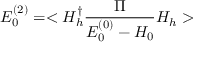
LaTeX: E _ { 0 } ^ { ( 2 ) } = < H _ { h } ^ { \dagger } \frac { \Pi } { E _ { 0 } ^ { ( 0 ) } - H _ { 0 } } H _ { h } >